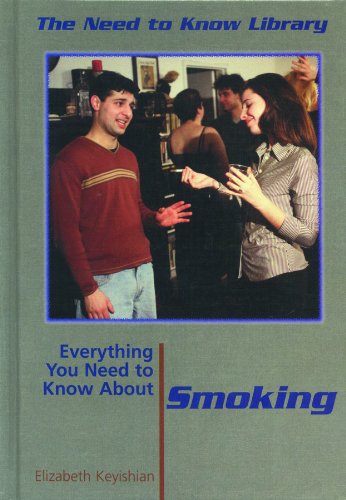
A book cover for Everything You Need to Know About Smoking (The Need to Know Library); Elizabeth Keyishian; Teen & Young Adult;